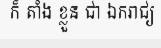
ក៏ តាំង ខ្លួន ជា ឯករាជ្យ